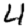
Digit: 4